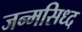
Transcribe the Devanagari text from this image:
जन्मसिध्द